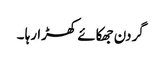
گردن جھکائے کھڑا رہا ۔